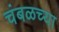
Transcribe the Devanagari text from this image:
चंबळच्या